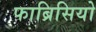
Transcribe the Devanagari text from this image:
फाब्रिसियो